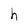
Character: h